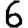
Digit: 6